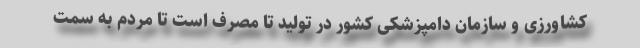
کشاورزی و سازمان دامپزشکی کشور در تولید تا مصرف است تا مردم به سمت